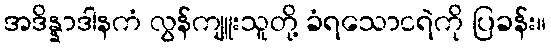
အဒိန္နာဒါနကံ လွန်ကျူးသူတို့ ခံရသောငရဲကို ပြခန်း။